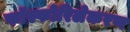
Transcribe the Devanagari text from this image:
फॉस्फोरिलेकरण